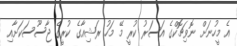
އެ މީހުނަށް ނޮވިޗޮކްގެ އަސަރު ކުރީ މޭ މަހު ރަޝިއާގެ ކުރީގެ ޖާސޫސަކަށާއި